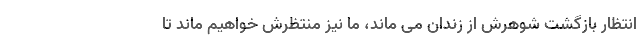
انتظار بازگشت شوهرش از زندان می ماند، ما نیز منتظرش خواهیم ماند تا